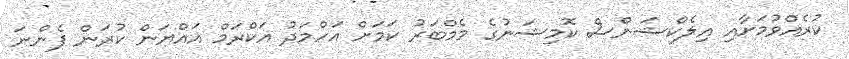
ކުރެއްވުމަށާއި އިލެކްޝަންސް ކޮމިޝަނުގެ މެމްބަރު ކަމަށް އަހްމަދު އަކްރަމް އައްޔަން ކުރަން ފެންނަ